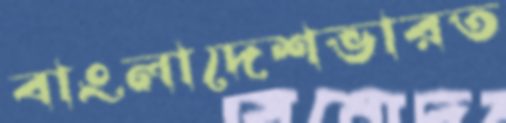
বাংলাদেশভারত